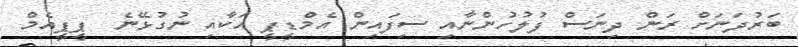
ބަރުދަނަށް ރަން ދިނަސް ފުލުހުންނާއި ސިފައިން އެމްޑީޕީ އަކާއި ނުގުޅޭނެ  ޕީޕީއެމް